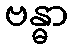
ဗန္ဓာ